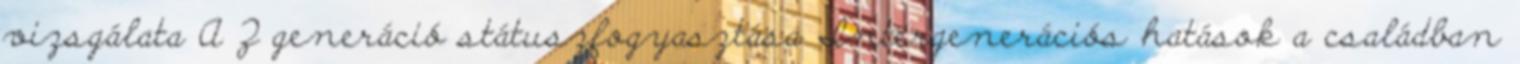
vizsgálata A Z generáció státuszfogyasztása Intergenerációs hatások a családban